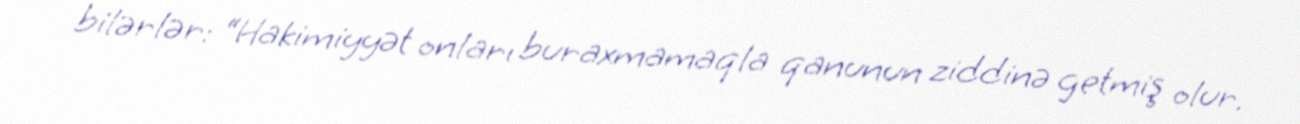
bilərlər: “Hakimiyyət onları buraxmamaqla qanunun ziddinə getmiş olur.